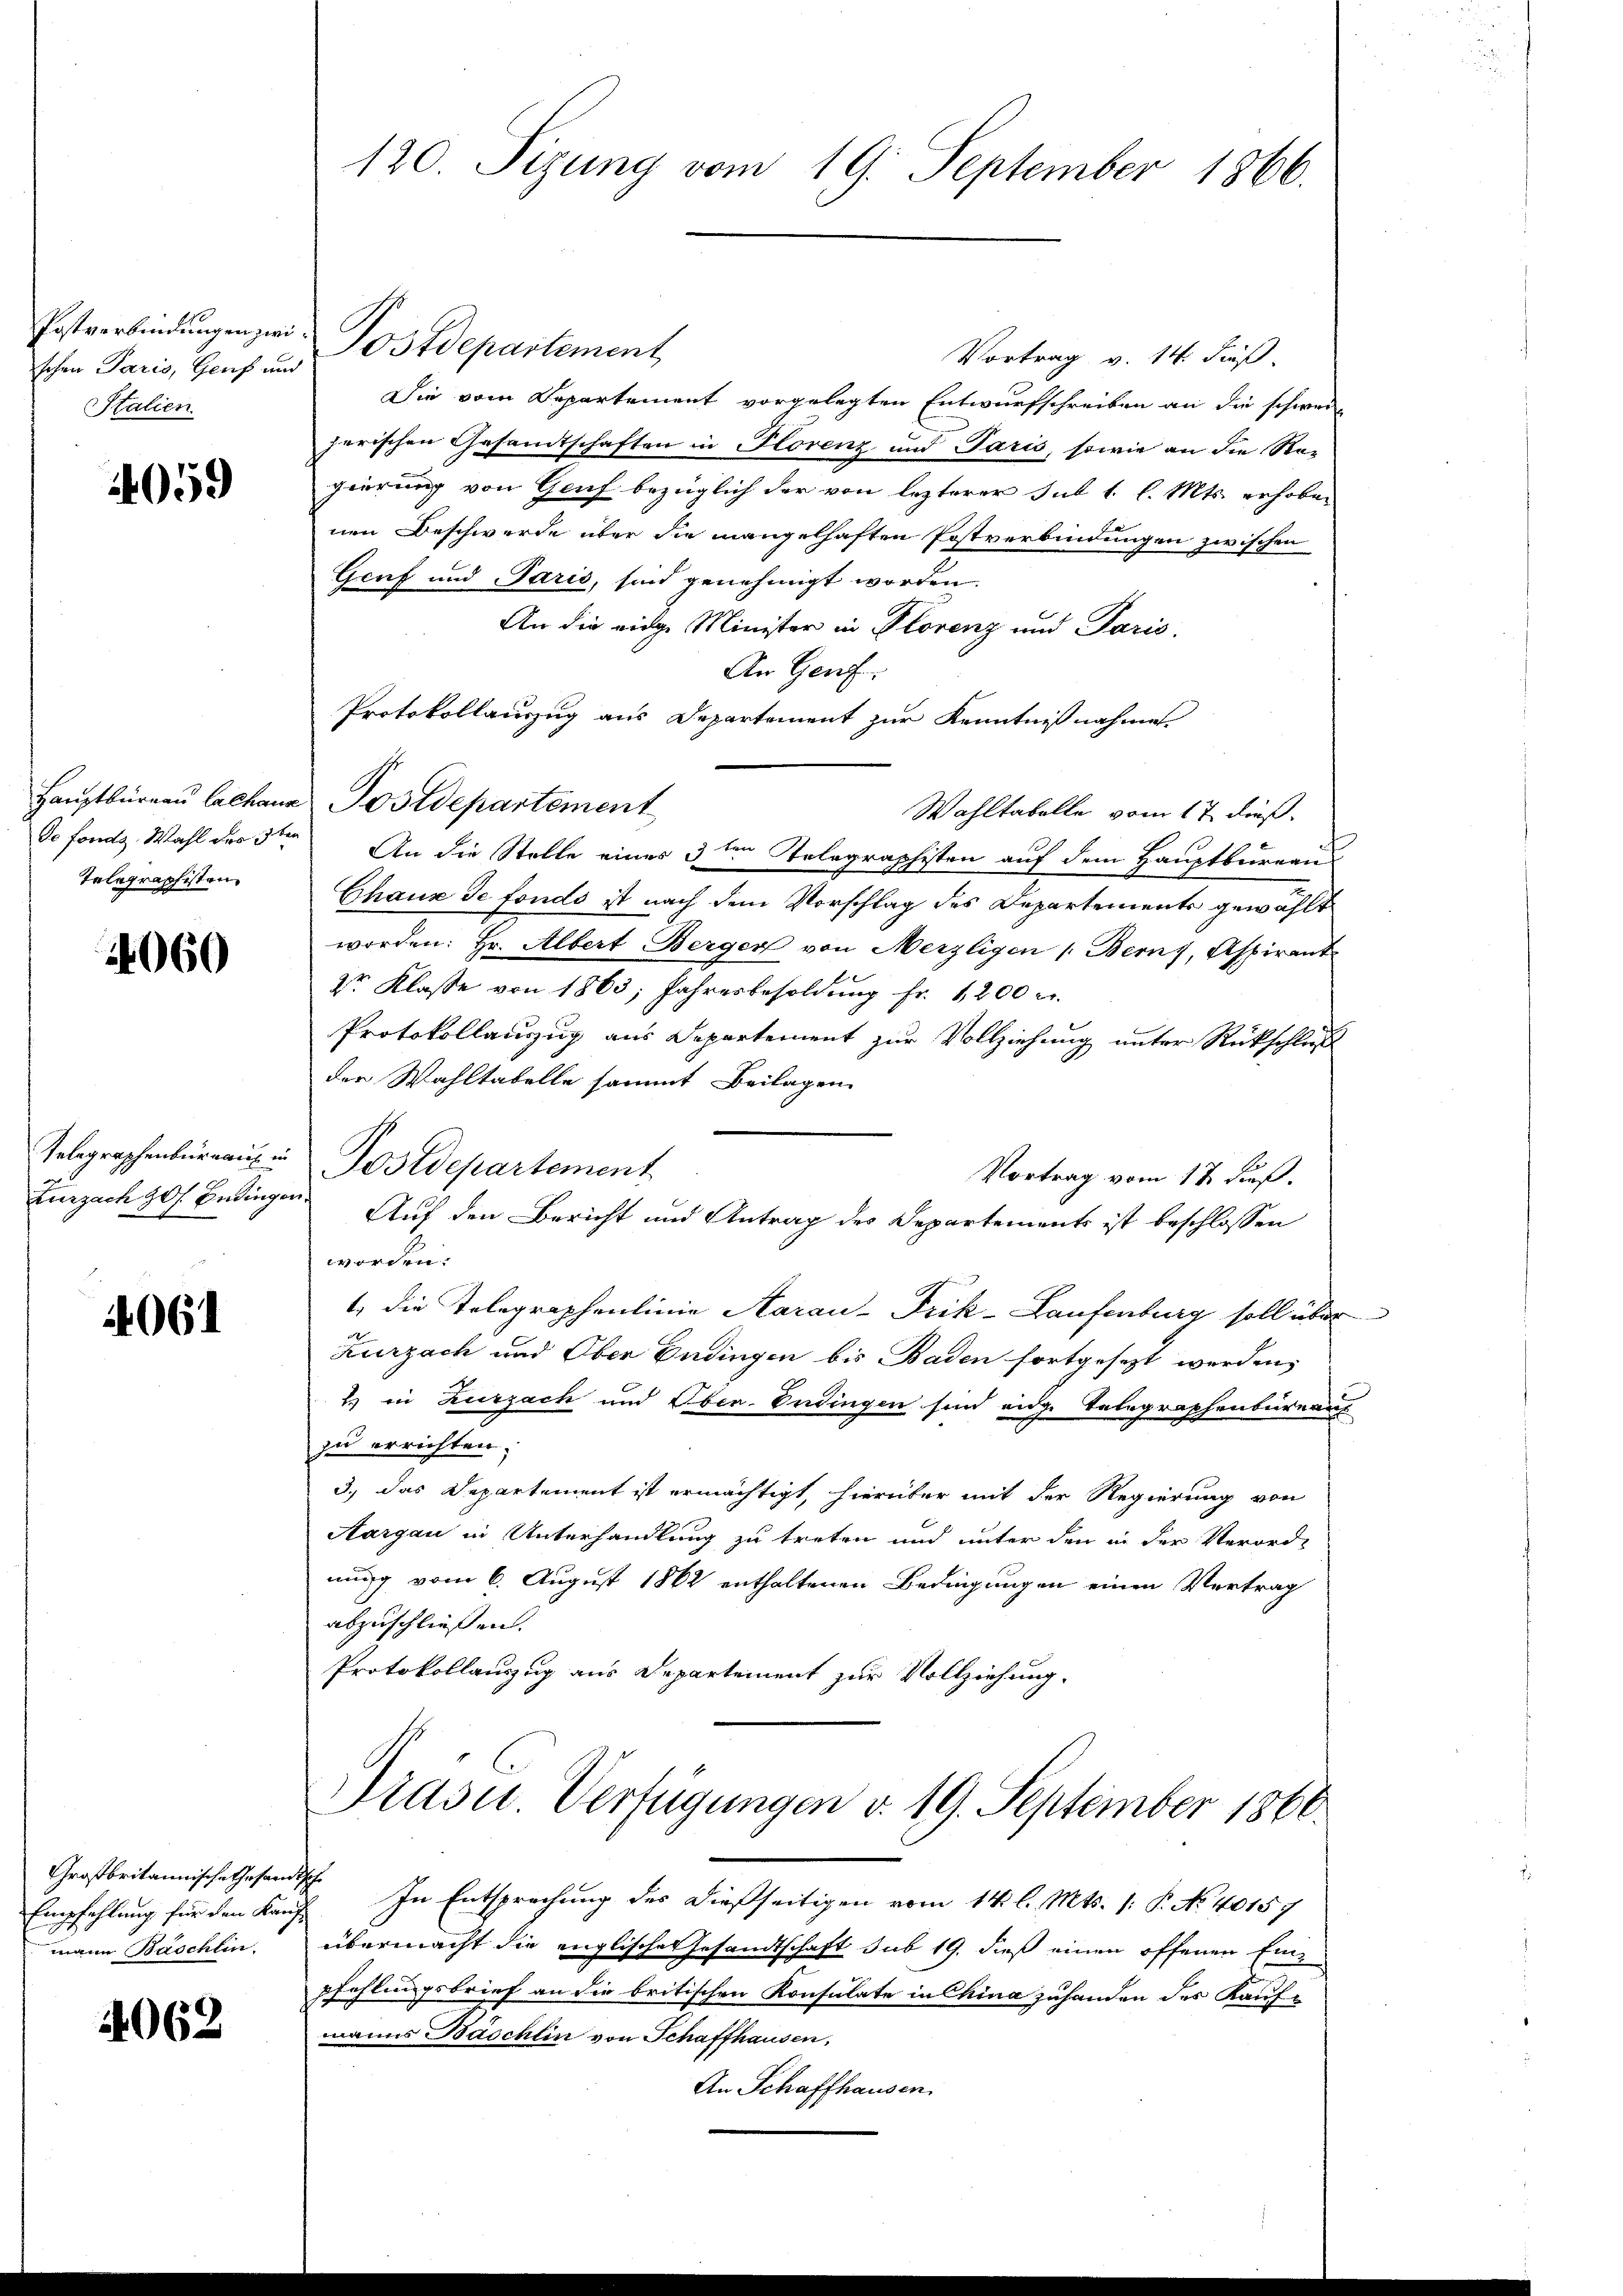
Postverbindungen zwei
schen Paris, Genf und
Stalien.

059

Hauptbureau Lalhaus
de fonds. Wahl des 3ten
Telegraphisten

060

Telegraphenburgau in
Zurzach 30 f. Beding.

4061

Großbritannische Thesen.
Empfehlung für den Kauf-
mann Baschlin

4062

120 Sizung vom 19. September 1866.

Postdepartement
Vortrag v. 14. dieß
Die vom Departement vorgelegten Entwurfschreiben an die schweizerischen Gesandtschaften in Florenz und Paris, sowie an die Re-
gierung von Genf bezüglich der von lezterer sub 1. l. Mts. erhoben
nen Beschwerde über die mangelhaften Postverbindungen zwischen
Genf und Paris, sind genehmigt worden.
An die eidge Minister in Plorenz und Paris.
An Genf.
Protokollauszug aus Departement zur Kenntnißnahme
Postdepartement
Wahltabelle vom 17. dieß.
An die Stelle einer 3ten Telegraphisten auf dem Hauptbureau
Chaux de fonds ist nach dem Vorschlag des Departements gewählt
worden: Hr. Albert Berger von Merzligen (Bern, Aspirant
2r Klasse von 1863; Jahresbesoldŭng fr. 1200 r.
Protokollauszug aus Departement zur Vollziehung unter Rückschluß
der Wahltabelle sammt Beilagen
Postdepartement
Vortrag vom 17. dieß.
worden.
t die Telegraphenlinie Aarau-Frik-Laufenburg soll über
Kurzach und Ober Endingen bis Baden fortgesezt werden,
2) in Zurzach und Oben. Endingen sind eige Telegraphenbüreaus
zu errichten;
3.) Das Departement ist ermächtigt, hierüber mit der Regierung von
Aargau in Unterhandlung zu treten und unter den in der Verord-
nung vom 6. August 1862 enthaltenen Bedingungen einen Vertrag
abzuschließen.
Protokollauszug aus Departement zur Vollziehung.
Präsid. Verfügungen v. 19. September 1860
“ In Entsprechung des dießseitigen vom 14. l. Mts. 1. P. No. 40157
übermacht die englisches Gesandtschaft sub 19. dieß einen offenen Einpfehlungsbrief an die britischen Konsulate in China zuhanden des Kauf-
manns Baschlin von Schaffhausen,
An Schaffhausen.

Auf den Bericht und Antrag des Departements ist beschlossen